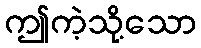
ဤကဲ့သို့သော